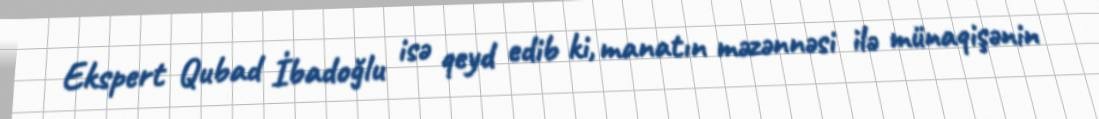
Ekspert Qubad İbadoğlu isə qeyd edib ki, manatın məzənnəsi ilə münaqişənin